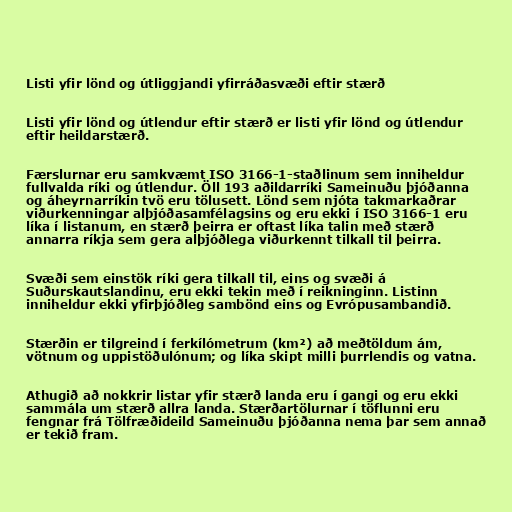
Listi yfir lönd og útliggjandi yfirráðasvæði eftir stærð

Listi yfir lönd og útlendur eftir stærð er listi yfir lönd og útlendur
eftir heildarstærð.

Færslurnar eru samkvæmt ISO 3166-1-staðlinum sem inniheldur
fullvalda ríki og útlendur. Öll 193 aðildarríki Sameinuðu þjóðanna
og áheyrnarríkin tvö eru tölusett. Lönd sem njóta takmarkaðrar
viðurkenningar alþjóðasamfélagsins og eru ekki í ISO 3166-1 eru
líka í listanum, en stærð þeirra er oftast líka talin með stærð
annarra ríkja sem gera alþjóðlega viðurkennt tilkall til þeirra.

Svæði sem einstök ríki gera tilkall til, eins og svæði á
Suðurskautslandinu, eru ekki tekin með í reikninginn. Listinn
inniheldur ekki yfirþjóðleg sambönd eins og Evrópusambandið.

Stærðin er tilgreind í ferkílómetrum (km²) að meðtöldum ám,
vötnum og uppistöðulónum; og líka skipt milli þurrlendis og vatna.

Athugið að nokkrir listar yfir stærð landa eru í gangi og eru ekki
sammála um stærð allra landa. Stærðartölurnar í töflunni eru
fengnar frá Tölfræðideild Sameinuðu þjóðanna nema þar sem annað
er tekið fram.